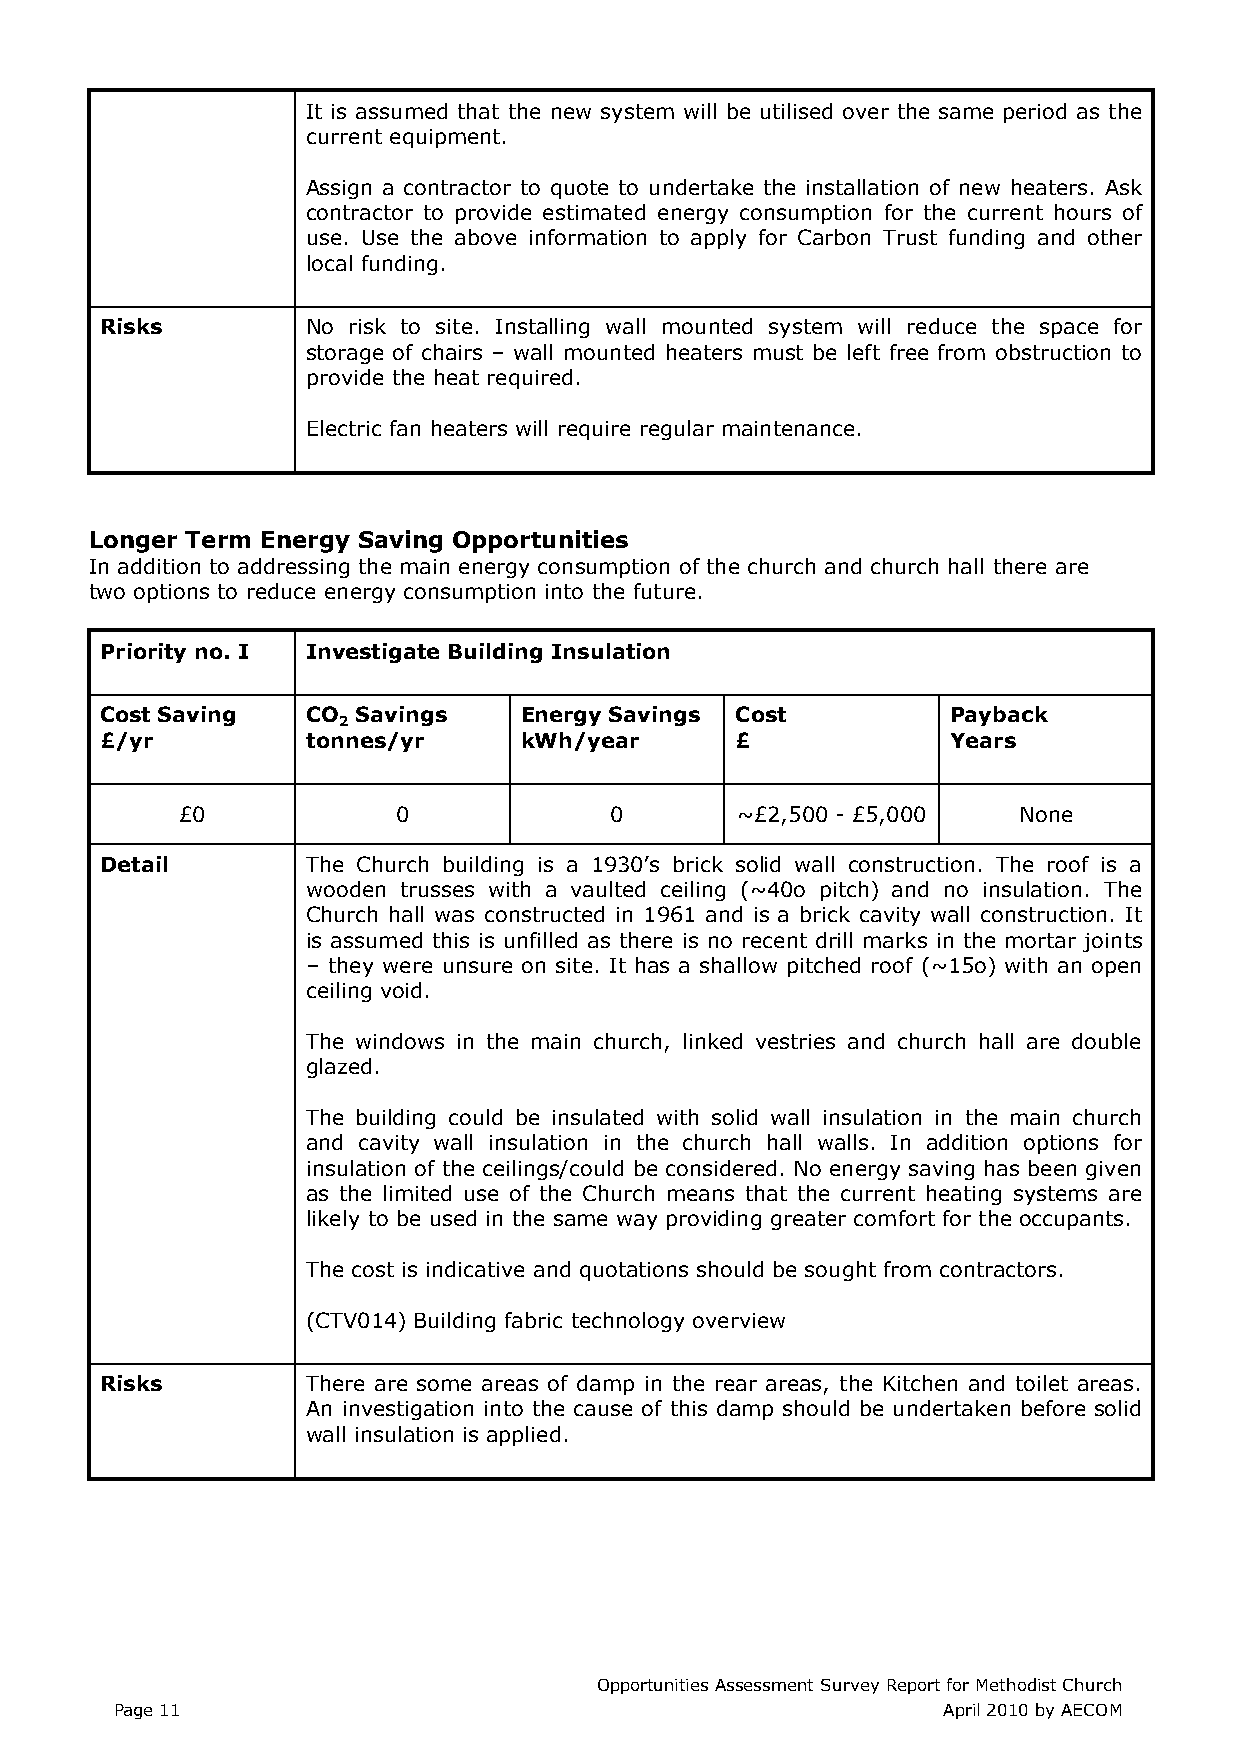
It is assumed that the new system will be utilised over the same period as the
 current equipment.
 Assign a contractor to quote to undertake the installation of new heaters. Ask
 contractor to provide estimated energy consumption for the current hours of
 use. Use the above information to apply for Carbon Trust funding and other
 local funding.
 Risks        No risk to site. Installing wall mounted system will reduce the space for
 storage of chairs – wall mounted heaters must be left free from obstruction to
 provide the heat required.
 Electric fan heaters will require regular maintenance.
 Longer Term Energy Saving Opportunities
 In addition to addressing the main energy consumption of the church and church hall there are
 two options to reduce energy consumption into the future.
 Priority no. I Investigate Building Insulation
 Cost Saving  CO  Savings   Energy Savings Cost          Payback
 2
 £/yr         tonnes/yr     kWh/year       £             Years
 £0            0             0        ~£2,500 - £5,000  None
 Detail       The Church building is a 1930’s brick solid wall construction. The roof is a
 wooden trusses with a vaulted ceiling (~40o pitch) and no insulation. The
 Church hall was constructed in 1961 and is a brick cavity wall construction. It
 is assumed this is unfilled as there is no recent drill marks in the mortar joints
 – they were unsure on site. It has a shallow pitched roof (~15o) with an open
 ceiling void.
 The windows in the main church, linked vestries and church hall are double
 glazed.
 The building could be insulated with solid wall insulation in the main church
 and cavity wall insulation in the church hall walls. In addition options for
 insulation of the ceilings/could be considered. No energy saving has been given
 as the limited use of the Church means that the current heating systems are
 likely to be used in the same way providing greater comfort for the occupants.
 The cost is indicative and quotations should be sought from contractors.
 (CTV014) Building fabric technology overview
 Risks        There are some areas of damp in the rear areas, the Kitchen and toilet areas.
 An investigation into the cause of this damp should be undertaken before solid
 wall insulation is applied.
 Opportunities Assessment Survey Report for Methodist Church
 Page 11                                               April 2010 by AECOM